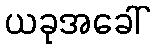
ယခုအခေါ်